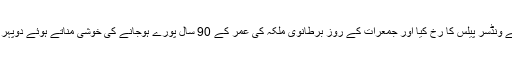
چاروں شخصیات نے ونڈسر پیلس کا رخ کیا اور جمعرات کے روز برطانوی ملکہ کی عمر کے 90 سال پورے ہوجانے کی خوشی مناتے ہوئے دوپہر کا کھانا ساتھ کھایا۔